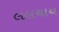
લલચાય